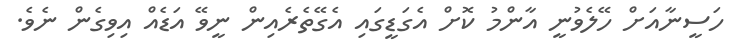
ހަސީނާއަށް ހޭލެވުނީ އާންމު ކޮށް އެގަޑީގައި އެގޭތެރެއިން ނީވޭ އަޑެއް އިވިގެން ނެވެ.